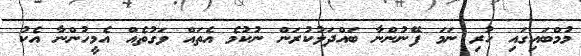
މުމްބައިގައި ހުރި ނަމަ ފޭނުންނާ ބައްދަލުކުރަން ނުކުމެ އެތައް ވަގުތެއް އެމީހުންނާ އެކު